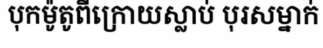
បុកម៉ូតូពីក្រោយស្លាប់ បុរសម្នាក់